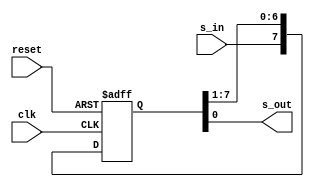
module top
   #(parameter N=8)
   (
    input wire clk, reset,
    input wire s_in,
    output wire s_out
   );

   reg [N-1:0] r_reg;
   wire [N-1:0] r_next;


   always @(posedge clk, negedge reset)
   begin
      if (~reset)
         r_reg <= 0;
      else
         r_reg <= r_next;
	end

	assign r_next = {s_in, r_reg[N-1:1]};
	assign s_out = r_reg[0];


endmodule